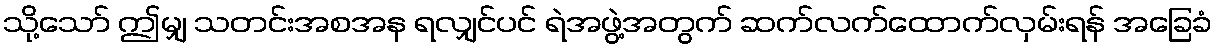
သို့သော် ဤမျှ သတင်းအစအန ရလျှင်ပင် ရဲအဖွဲ့အတွက် ဆက်လက်ထောက်လှမ်းရန် အခြေခံ